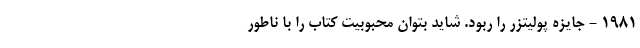
1981 - جایزه پولیتزر را ربود. شاید بتوان محبوبیت کتاب را با ناطور